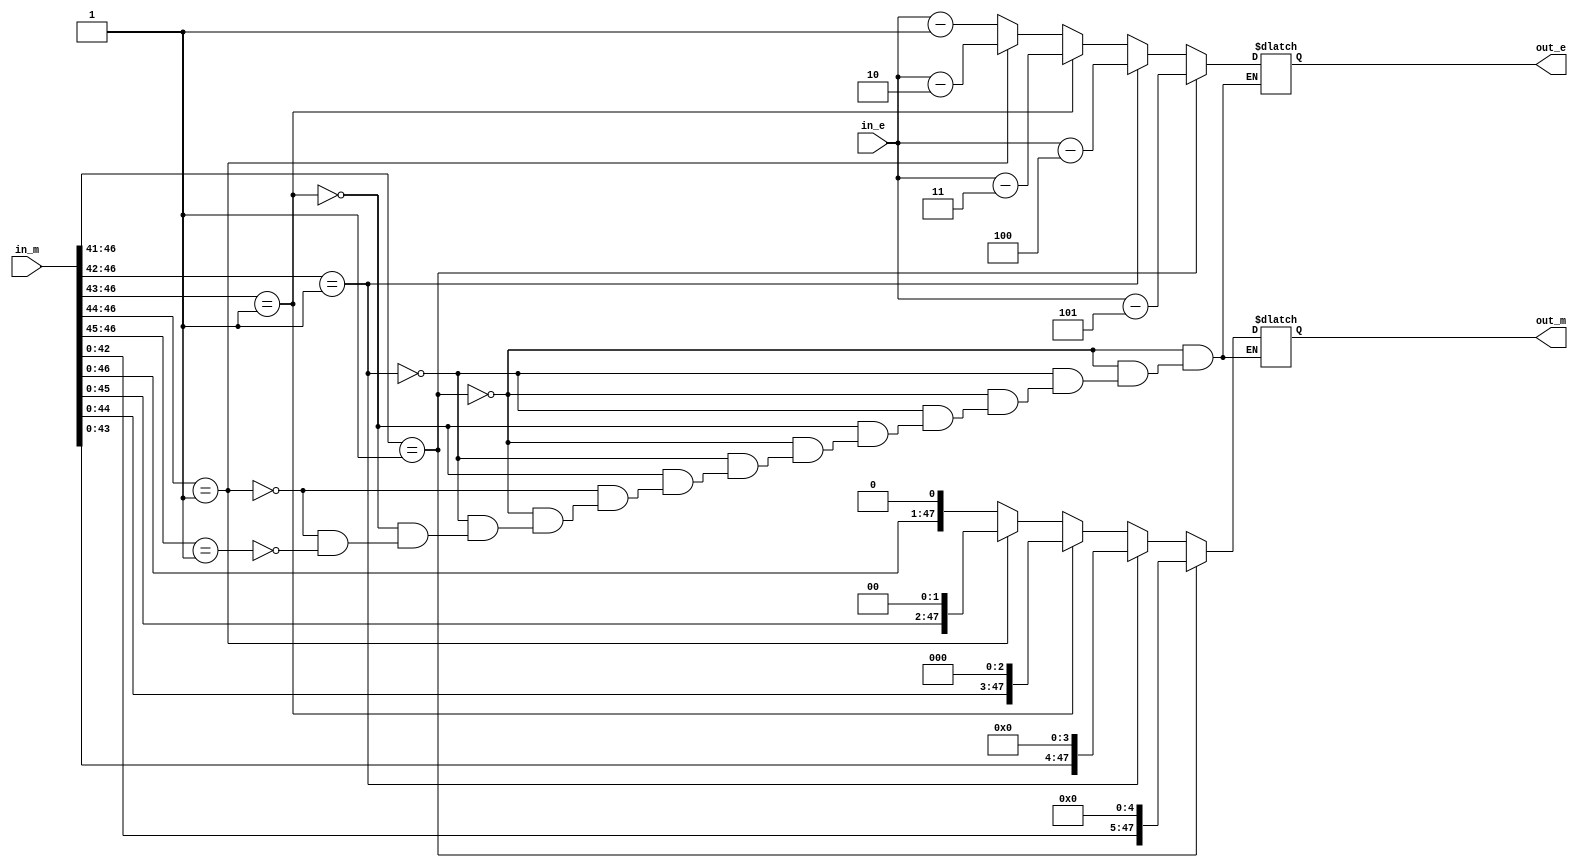
module multiplication_normaliser(in_e, in_m, out_e, out_m);
  // Inputs
  input [7:0] in_e;
  input [47:0] in_m;

  // Outputs
  output [7:0] out_e;
  output [47:0] out_m;

  // Wires
  wire [7:0] in_e;
  wire [47:0] in_m;

  // Registers
  reg [7:0] out_e;
  reg [47:0] out_m;

  // Main
  always @ ( * ) begin
	  if (in_m[46:41] == 6'b000001) begin
			out_e = in_e - 5;
			out_m = in_m << 5;
		end else if (in_m[46:42] == 5'b00001) begin
			out_e = in_e - 4;
			out_m = in_m << 4;
		end else if (in_m[46:43] == 4'b0001) begin
			out_e = in_e - 3;
			out_m = in_m << 3;
		end else if (in_m[46:44] == 3'b001) begin
			out_e = in_e - 2;
			out_m = in_m << 2;
		end else if (in_m[46:45] == 2'b01) begin
			out_e = in_e - 1;
			out_m = in_m << 1;
		end
  end
endmodule